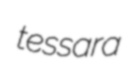
tessara